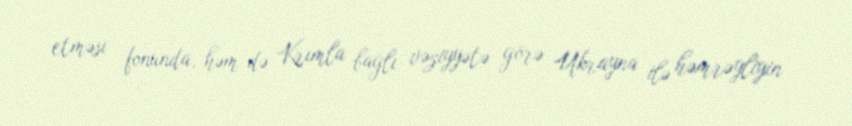
etməsi fonunda, həm də Krımla bağlı vəziyyətə görə Ukrayna ilə həmrəyliyin